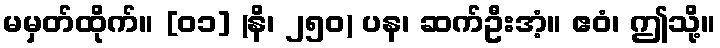
မမှတ်ထိုက်။ [၀၁] (နိ၊ ၂၅၀) ပန၊ ဆက်ဦးအံ့။ ဧဝံ၊ ဤသို့။